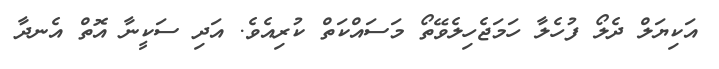
އަކިޔަލް ދެލޯ ފުހެލާ ހަމަޖެހިލެވޭތޯ މަސައްކަތް ކުރިއެވެ. އަދި ސަކީނާ އޮތް އެނދާ